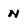
Character: N